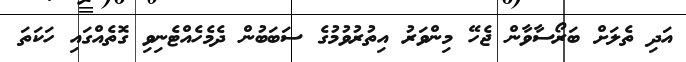
އަދި ތެލަށް ބަރޯސާވާން ޖެހޭ މިންވަރު އިތުރުވުމުގެ ސަބަބުން ދެމެހެއްޓެނިވި ގޮތެއްގައި ހަކަތަ